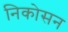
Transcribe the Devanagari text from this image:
निकोसन